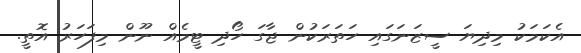
އެކަމަކު މިދިޔަ ސީޒަނަގައި ހަތަރަކުން ޖާގަ ހޯދި ޓީމެއް ނޫން މިފަހަރު އޮތީ.